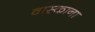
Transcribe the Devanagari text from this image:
वास्काना